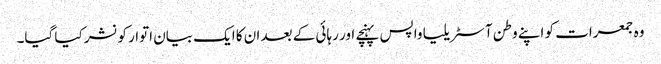
وہ جمعرات کو اپنے وطن آسٹریلیا واپس پہنچے اور رہائی کے بعد ان کا ایک بیان اتوار کو نشر کیا گیا۔